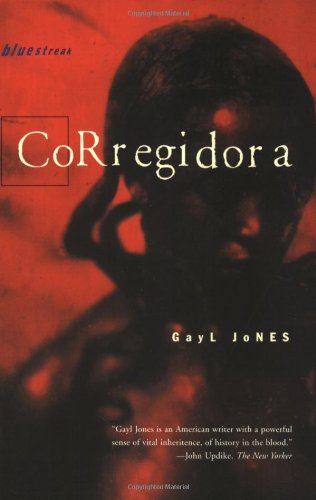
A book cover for Corregidora; Gayl Jones; Literature & Fiction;